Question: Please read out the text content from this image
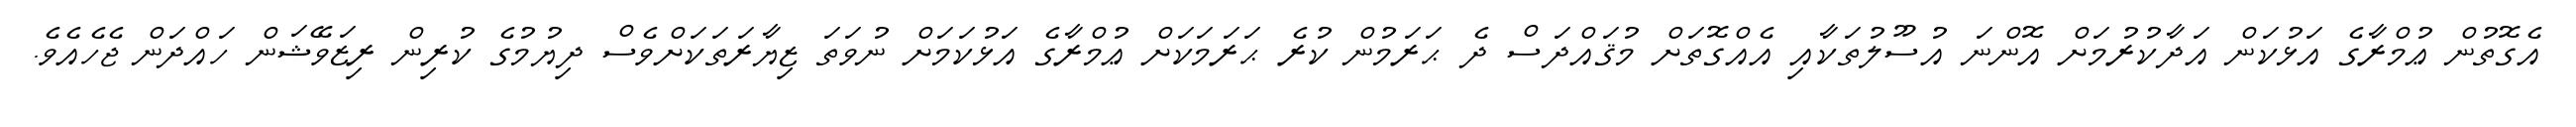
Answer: އެގޮތުން ޢުމްރާގެ އަޅުކަން އަދާކުރުމަށް އޮންނަ އުސޫލުތަކާއި އެއްގޮތަށް މުޤައްދަސް ދެ ޙަރަމުން ކުރެ ޙަރަމަކަށް ޢުމްރާގެ އަޅުކަމަށް ނުވަތަ ޒިޔާރަތަކަށްވެސް ދިޔުމުގެ ކުރިން ރިޒަވޭޝަން ހައްދަން ޖެހެއެވެ.